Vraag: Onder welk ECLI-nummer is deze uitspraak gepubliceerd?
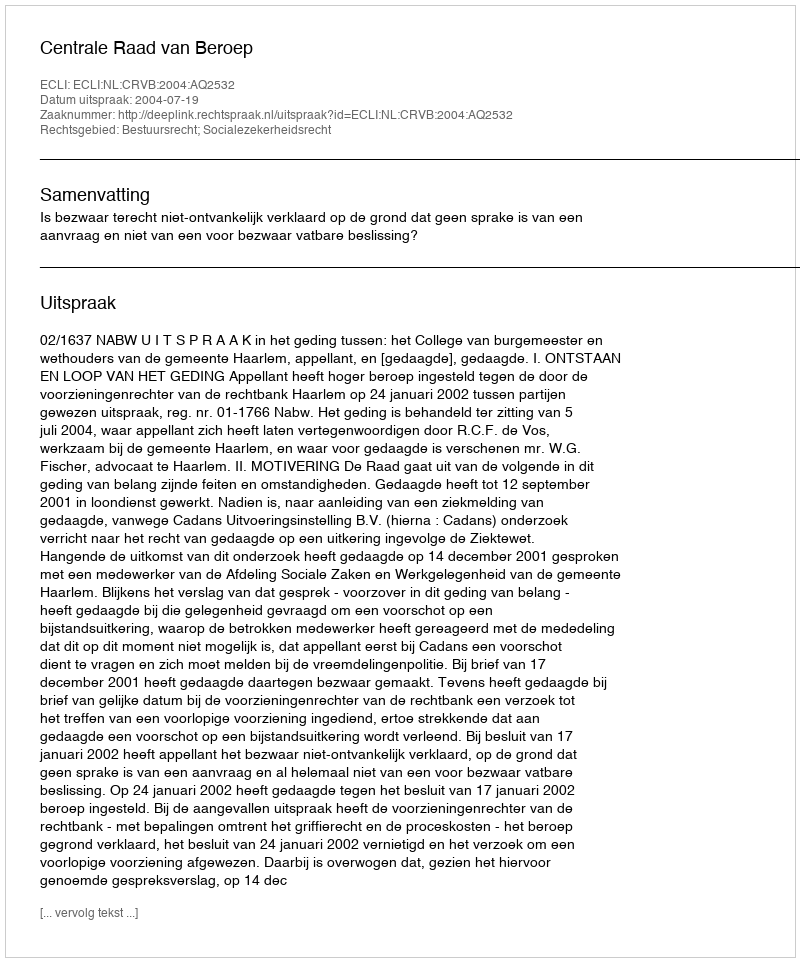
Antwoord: ECLI:NL:CRVB:2004:AQ2532